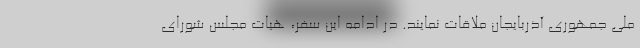
ملی جمهوری آذربایجان ملاقات نمایند. در ادامه این سفر، هیات مجلس شورای